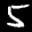
Label: 5